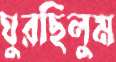
ঘুরছিলুম